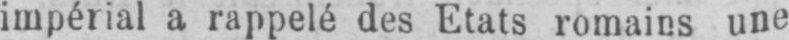
impérial a rappelé des Etats romains une